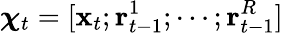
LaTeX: {\boldsymbol{\chi}}_{t}=[\mathbf{x}_{t};\mathbf{r}_{t-1}^{1};\cdots;\mathbf{r}_{t-1}^{R}]